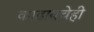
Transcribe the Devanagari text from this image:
काढायचेही